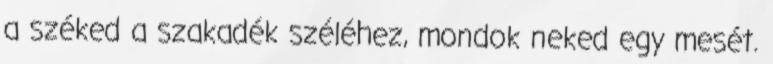
a széked a szakadék széléhez, mondok neked egy mesét.